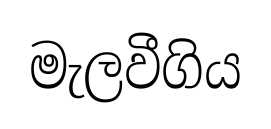
මැලවීගිය